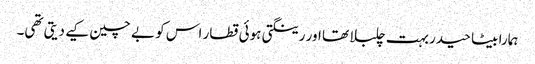
ہمارا بیٹا حیدر بہت چلبلا تھا اور رینگتی ہوئی قطار اس کو بے چین کیے دیتی تھی۔